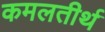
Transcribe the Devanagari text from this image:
कमलतीर्थ